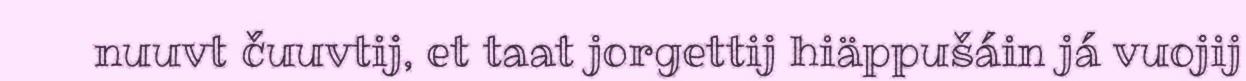
nuuvt čuuvtij, et taat jorgettij hiäppušáin já vuojij